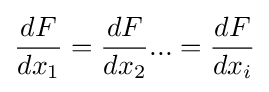
{\frac {dF}{dx_{1}}}={\frac {dF}{dx_{2}}}...={\frac {dF}{dx_{i}}}